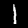
Label: 1